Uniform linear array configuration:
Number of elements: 32
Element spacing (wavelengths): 0.5
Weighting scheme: exponential
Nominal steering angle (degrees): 0
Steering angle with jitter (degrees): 0.443
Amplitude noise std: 0.05
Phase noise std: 0.05

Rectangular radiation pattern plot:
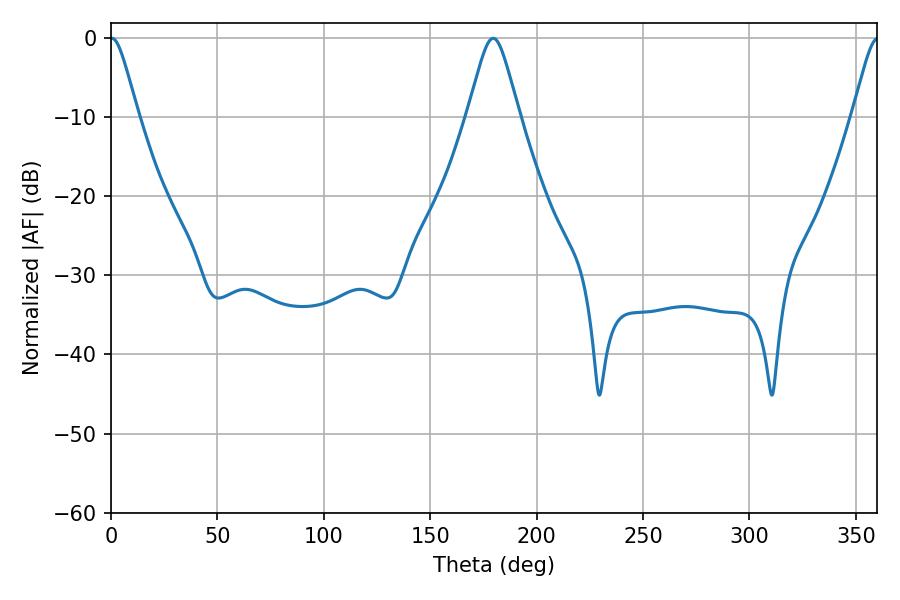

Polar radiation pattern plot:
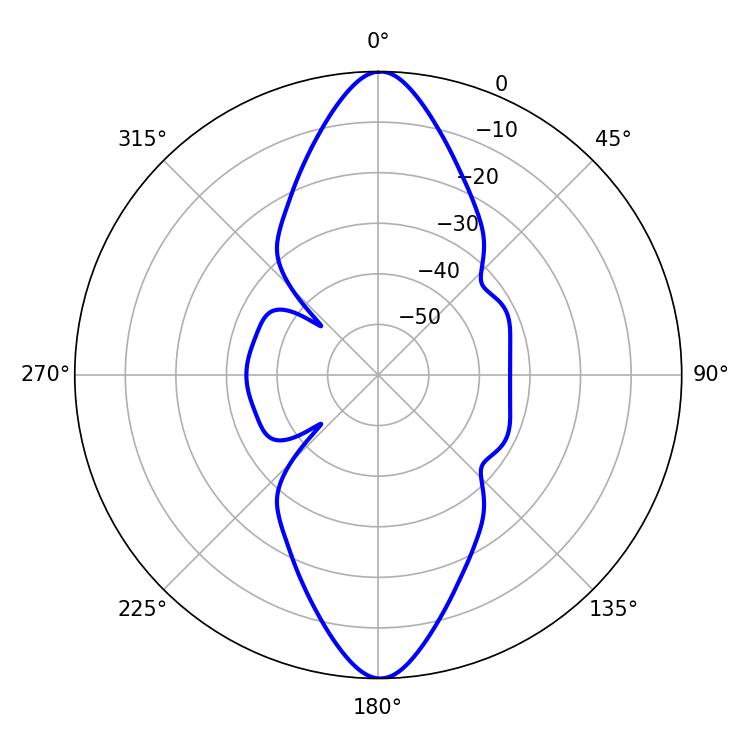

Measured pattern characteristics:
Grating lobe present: FALSE
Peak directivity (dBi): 26.371
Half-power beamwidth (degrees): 6.12
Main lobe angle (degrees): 0.36